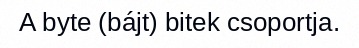
A byte (bájt) bitek csoportja.